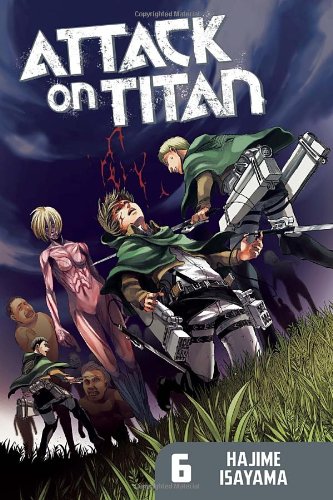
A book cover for Attack on Titan 6; Hajime Isayama; Comics & Graphic Novels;